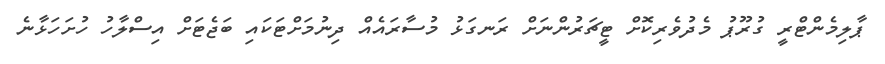
ޕާލިމެންޓްރީ ގުރޫޕު މެދުވެރިކޮށް ޓީޗަރުންނަށް ރަނގަޅު މުސާރައެއް ދިނުމަށްޓަކައި ބަޖެޓަށް އިސްލާހު ހުށަހަޅާނެ